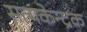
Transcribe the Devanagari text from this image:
सत्यकेन्द्रक